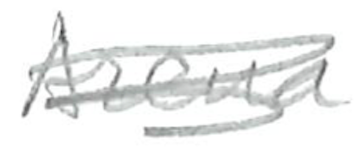
Text: Arena
Cross-out: scratch
Writing tool: pencil